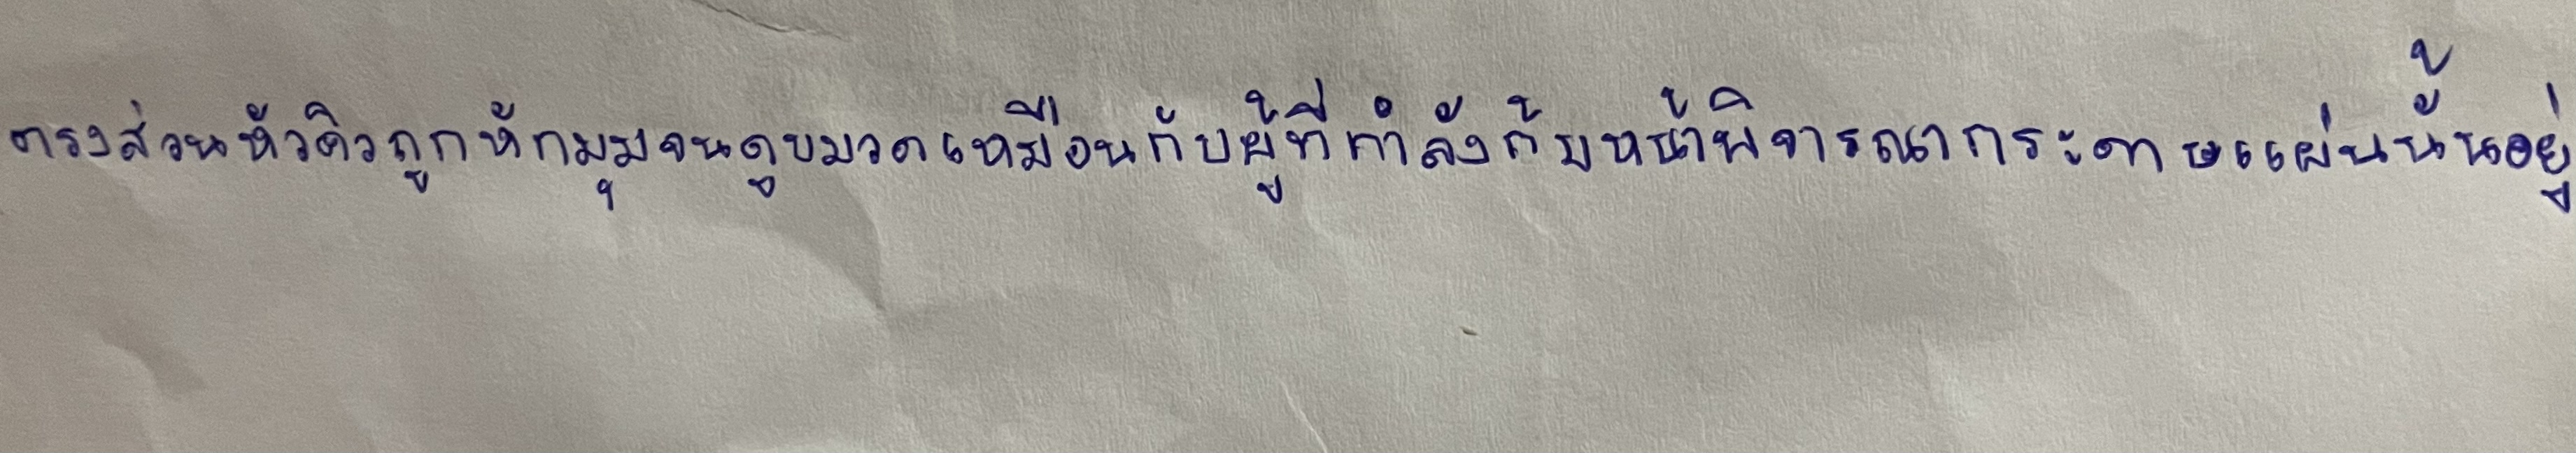
ตรงส่วนหัวคิวถูกหักมุมจนดูขมวดเหมือนกับผู้ที่กำลังก้มหน้าพิจารณากระดาษแผ่นนั้นอยู่